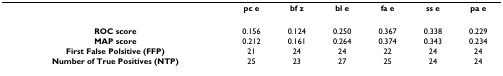
|  | pc e | bf z | bl e | fa e | ss e | pa e |
 | --- | --- | --- | --- | --- | --- | --- |
 | ROC score | 0.156 | 0.124 | 0.250 | 0.367 | 0.338 | 0.229 |
 | MAP score | 0.212 | 0.161 | 0.264 | 0.374 | 0.343 | 0.234 |
 | First False Polsitive (FFP) | 21 | 24 | 24 | 22 | 24 | 24 |
 | Number of True Positives (NTP) | 25 | 23 | 27 | 25 | 24 | 24 |